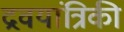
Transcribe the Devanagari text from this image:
द्रवयांत्रिकी